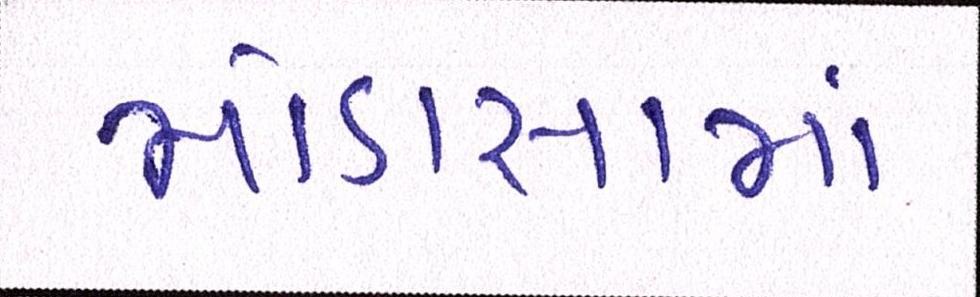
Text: મોડાસામાં